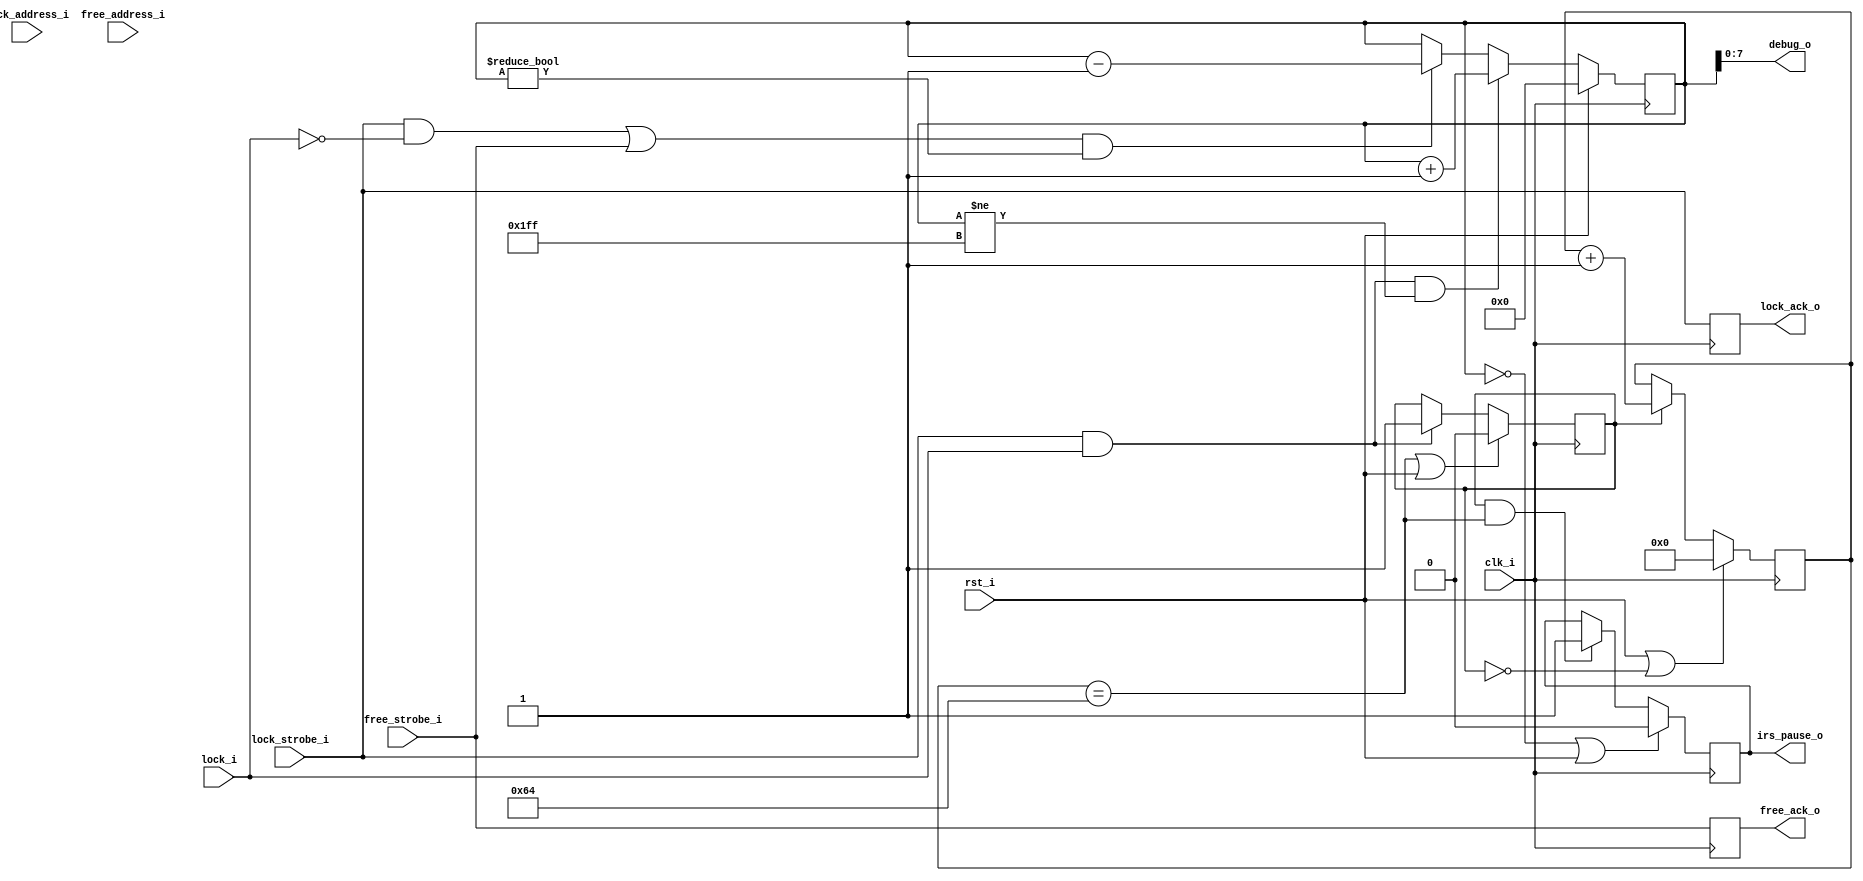
`timescale 1ns / 1ps
//////////////////////////////////////////////////////////////////////////////////
//
// This is an implementation of an IRS manager. This version is single-buffered,
// and is basically the simplest IRS manager you can have.
//
//////////////////////////////////////////////////////////////////////////////////
module irs_single_buffer_manager_v3(
		input clk_i,
		input rst_i,
		
		// Lock interface.
		// This MUST have a throughput of at least 1 lock/2 cycles.
		// Latency is arbitrary: lock_ack is used if the requestor needs to know.
		input [8:0] lock_address_i,
		input lock_i,
		input lock_strobe_i,
		output lock_ack_o,
		
		// Free interface (unused)
		// This MUST have a throughput of at least 1 free/2 cycles.
		// Latency is arbitrary: free_ack is used if the requestor needs to know.
		input [8:0] free_address_i,
		input free_strobe_i,
		output free_ack_o,
		
		// There is no free block interface since it's a single-buffered IRS
		// manager. We'll add that later.
		
		// If 1, indicates that the IRS is not
		// currently writing.
		output irs_pause_o,
		
		output [7:0] debug_o
    );
	
	// This parameter determines the number of cycles that the IRS continues
	// sampling for after a lock request with no remaining buffers (here,
	// this is single buffered, so after a lock request, we wait POST_LOCK_CYCLES
	// and lock the IRS).
	localparam POST_LOCK_CYCLES = 100;

	reg locking_buffer = 0;
	reg locked_buffer = 0;
	reg [8:0] locked_block_counter = 0;
	reg lock_acknowledge = 0;
	reg [7:0] lock_wait_counter = {8{1'b0}};

	// Modified to handle the counter being incremented/decremented by the
	// lock interface OR the free interface. Since lock_i gets tied to 1
	// if the free interface is used, this should get optimized away.
	always @(posedge clk_i) begin
		if (rst_i)
			locked_block_counter <= {9{1'b0}};
		else begin
			if ((lock_strobe_i && lock_i) && (locked_block_counter != {9{1'b1}}))
				locked_block_counter <= locked_block_counter + 1;
			else if (((lock_strobe_i && !lock_i) || (free_strobe_i)) && (locked_block_counter != {9{1'b0}}))
				locked_block_counter <= locked_block_counter - 1;
		end
	end
	
	always @(posedge clk_i) begin
		lock_acknowledge <= lock_strobe_i;
	end

	always @(posedge clk_i) begin
		if (lock_wait_counter == POST_LOCK_CYCLES || rst_i)
			locking_buffer <= 0;
		else if (lock_strobe_i && lock_i)
			locking_buffer <= 1;
	end

	always @(posedge clk_i) begin
		if (locked_block_counter == 0 || rst_i)
			locked_buffer <= 0;
		else if (locking_buffer && lock_wait_counter == POST_LOCK_CYCLES)
			locked_buffer <= 1;
	end

	always @(posedge clk_i) begin
		if (rst_i || !locking_buffer)
			lock_wait_counter <= {8{1'b0}};
		else if (locking_buffer)
			lock_wait_counter <= lock_wait_counter + 1;
	end

	// Ack the free interface.
	reg free_ack = 0;
	always @(posedge clk_i) begin
		free_ack <= free_strobe_i;
	end

	assign lock_ack_o = lock_acknowledge;
	assign irs_pause_o = locked_buffer;
	assign free_ack_o = free_ack;

	assign debug_o = locked_block_counter;
endmodule